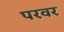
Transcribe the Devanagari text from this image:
परवर